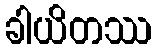
ခါယိတဿ